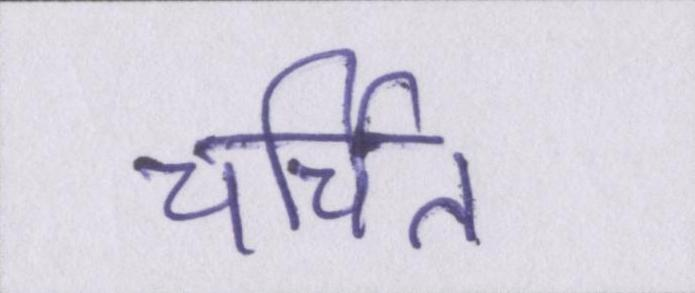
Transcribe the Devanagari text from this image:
चर्चित